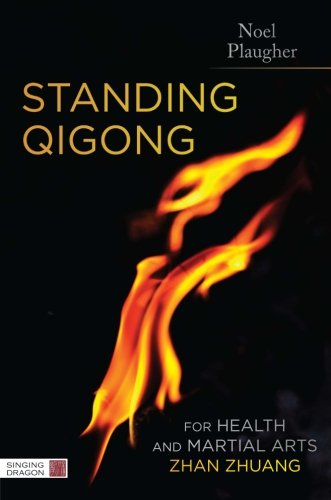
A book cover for Standing Qigong for Health and Martial Arts - Zhan Zhuang; Noel Plaugher; Health, Fitness & Dieting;